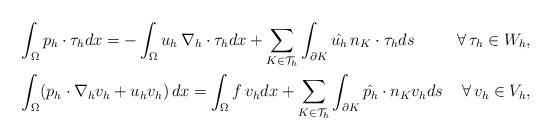
LaTeX: \begin{align*}&\int_\Omega p_h \cdot \tau_h dx = - \int_\Omega u_h\,\nabla_h\cdot\tau_h dx + \sum_{K\in\mathcal{T}_h}\int_{\partial K} \hat{u_h}\,n_K\cdot\tau_h ds&\forall \,\tau_h \in W_h,\\&\int_\Omega (p_h \cdot \nabla_h v_h + u_h v_h)\, dx = \int_\Omega f\,v_h dx + \sum_{K\in \mathcal{T}_h}\int_{\partial K}\hat{p_h}\cdot n_K v_h ds &\forall\,v_h\in V_h,\end{align*}